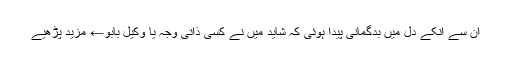
ان سے انکے دل میں بدگمانی پیدا ہوئی کہ شاید میں نے کسی ذاتی وجہ یا وکیل بابو← مزید پڑھیے